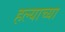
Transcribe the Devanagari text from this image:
हल्याच्या